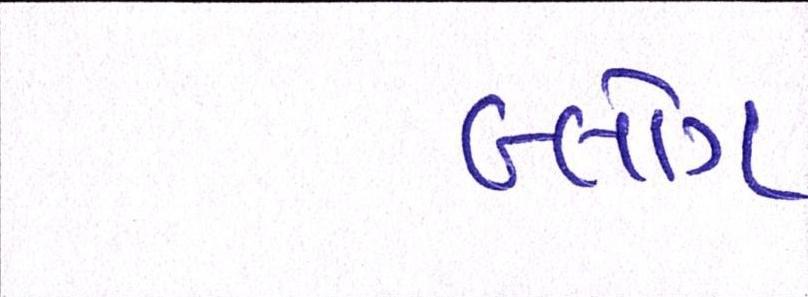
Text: બ્લોગ